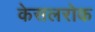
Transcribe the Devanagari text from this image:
केसलरोक